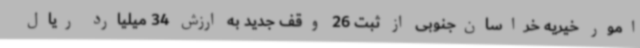
امور خیریه خراسان‌جنوبی از ثبت 26 وقف جدید به ارزش 34 میلیارد ریال